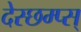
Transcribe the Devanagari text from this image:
देस्छम्प्स्